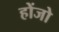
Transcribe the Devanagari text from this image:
होंजो